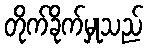
တိုက်ခိုက်မှုသည်